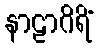
နာဠာဂိရိံ